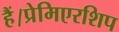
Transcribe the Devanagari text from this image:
हैं।प्रेमिएरशिप